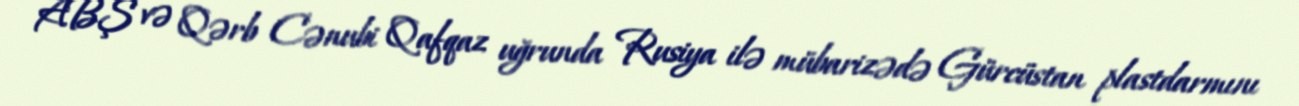
ABŞ və Qərb Cənubi Qafqaz uğrunda Rusiya ilə mübarizədə Gürcüstan plastdarmını